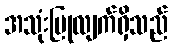
အသုံးပြုလျက်ရှိသည်